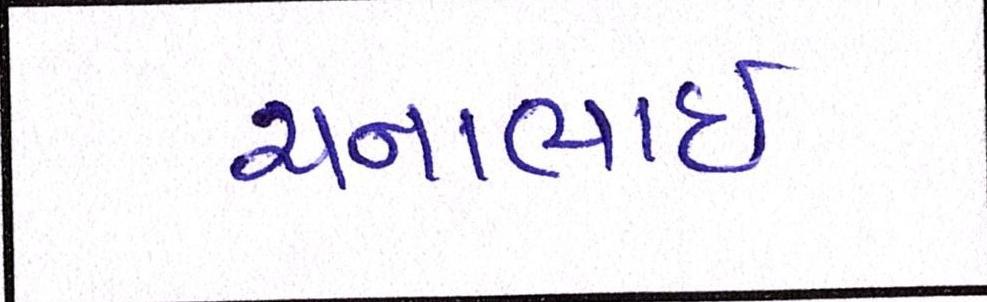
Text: ચનાભાઇ